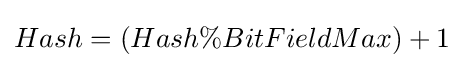
Hash=(Hash\%BitFieldMax)+1